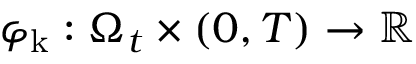
\varphi _ { \mathrm { k } } : \Omega _ { t } \times ( 0 , T ) \to \mathbb R